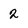
Character: 2